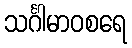
သင်္ဂါမာဝစရေ